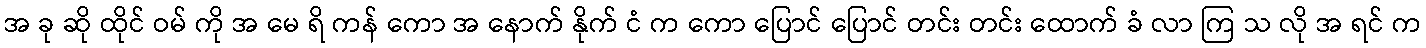
အ ခု ဆို ထိုင် ဝမ် ကို အ မေ ရိ ကန် ကော အ နောက် နိုက် ငံ က ကော ပြောင် ပြောင် တင်း တင်း ထောက် ခံ လာ ကြ သ လို အ ရင် က